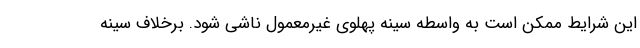
این شرایط ممکن است به واسطه سینه پهلوی غیرمعمول ناشی شود. برخلاف سینه